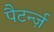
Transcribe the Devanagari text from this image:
पैटर्न्ज़